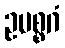
ဥပစ္စဂံ